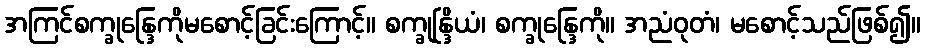
အကြင်စက္ခုန္ဒြေကိုမစောင့်ခြင်းကြောင့်။ စက္ခုန္ဒြိယံ၊ စက္ခုန္ဒြေကို။ အညံဝုတံ၊ မစောင့်သည်ဖြစ်၍။